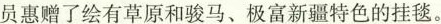
员惠赠了绘有草原和骏马、极富新疆特色的挂毯。